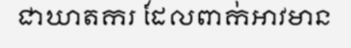
ជាឃាតករ ដែលពាក់អាវមាន